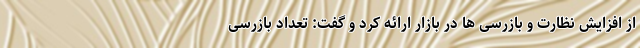
از افزایش نظارت و بازرسی ها در بازار ارائه کرد و گفت: تعداد بازرسی